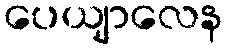
ပေယျာလေန